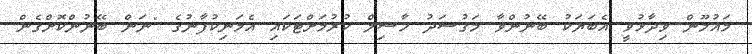
މައުމޫން ވިދާޅުވީ އެބަޔަކު ބޭނުންވާ މަގުސަދު ހާސިލް ކުރުމަށްޓަކައި އެމަނިކުފާނުގެ "ނަން ބޭނުންކޮށްގެން